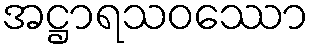
အဋ္ဌာရသဝဿော